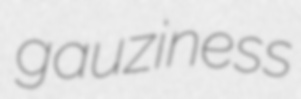
gauziness